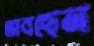
ভাবছেন